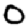
Digit: 0